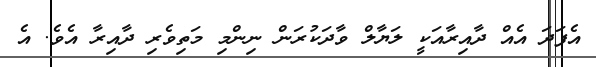
އެފަދަ އެއް ދާއިރާއަކީ ލަޔާލް ވާދަކުރަން ނިންމި މަތިވެރި ދާއިރާ އެވެ. އެ